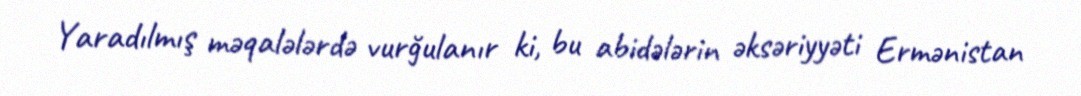
Yaradılmış məqalələrdə vurğulanır ki, bu abidələrin əksəriyyəti Ermənistan